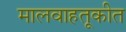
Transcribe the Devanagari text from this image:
मालवाहतूकीत